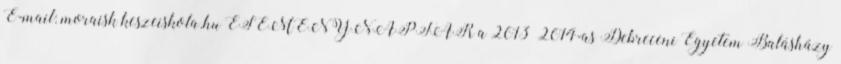
E-mail: moraisk keszeiskola.hu ESEMÉNYNAPTÁR a 2013 2014-as Debreceni Egyetem Balásházy